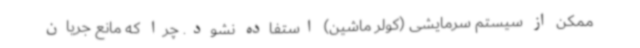
ممکن از سیستم سرمایشی (کولر ماشین) استفاده نشود. چرا که مانع جریان